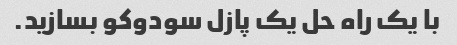
با یک راه حل یک پازل سودوکو بسازید.